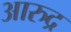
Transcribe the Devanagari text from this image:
आरुद्र